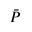
\bar { P }